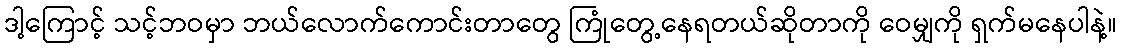
ဒါ့ကြောင့် သင့်ဘဝမှာ ဘယ်လောက်ကောင်းတာတွေ ကြုံတွေ့နေရတယ်ဆိုတာကို ဝေမျှကို ရှက်မနေပါနဲ့။